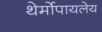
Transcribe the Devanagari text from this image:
थेर्मोपायलेय